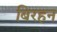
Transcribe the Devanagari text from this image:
बिरहन